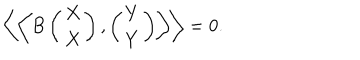
\left\langle \left\langle B \left( \begin{array} { c } { { X } } \\ { { X } } \\ \end{array} \right) , \left( \begin{array} { c } { { Y } } \\ { { Y } } \\ \end{array} \right) \right\rangle \right\rangle = 0 .